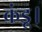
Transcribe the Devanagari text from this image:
कंडू।